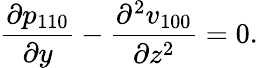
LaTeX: \frac{\partial p_{110}}{\partial y}-\frac{\partial^{2}v_{100}}{\partial z^{2}}=0.